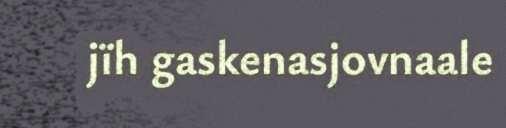
jïh gaskenasjovnaale